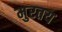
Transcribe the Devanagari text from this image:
मुरतय